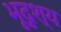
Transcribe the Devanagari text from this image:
भूदृश्‍य